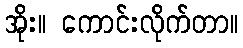
အိုး။ ကောင်းလိုက်တာ။